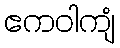
ဧကဝါကျံ